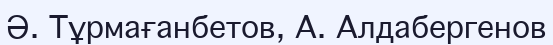
Ә. Тұрмағанбетов, А. Алдабергенов